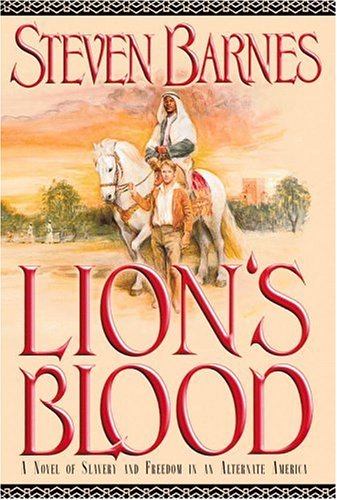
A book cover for Lion's Blood: A Novel of Slavery and Freedom in an Alternate America; Steven Barnes; Science Fiction & Fantasy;